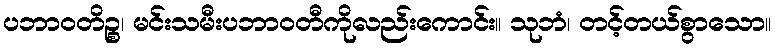
ပဘာဝတိဉ္စ၊ မင်းသမီးပဘာဝတီကိုလည်းကောင်း။ သုဘံ၊ တင့်တယ်စွာသော။